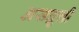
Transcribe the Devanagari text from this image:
असद्वृत्ती